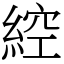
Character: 𦁈